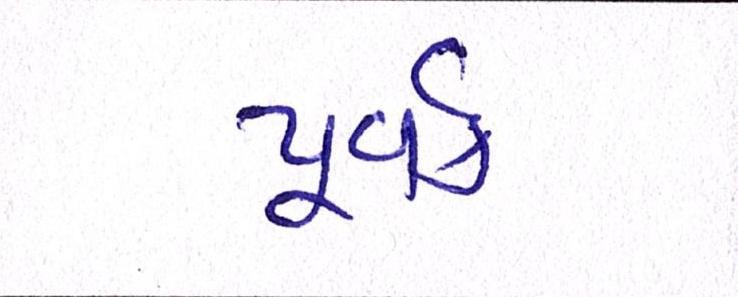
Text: પૂર્વક